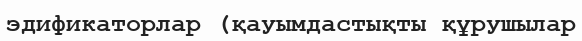
эдификаторлар (қауымдастықты құрушылар